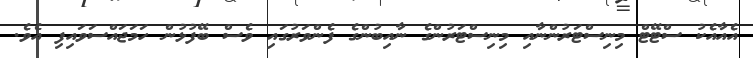
އެއާއެކު ސްޓޭޓް މިނިސްޓަރުންނާއި މިނިސްޓަރުންގެ ނާއިބުންގެ ފެންވަރުގައި ވެސް ބޭފުޅުން ހަމަޖައްސަވައިފި އެވެ.